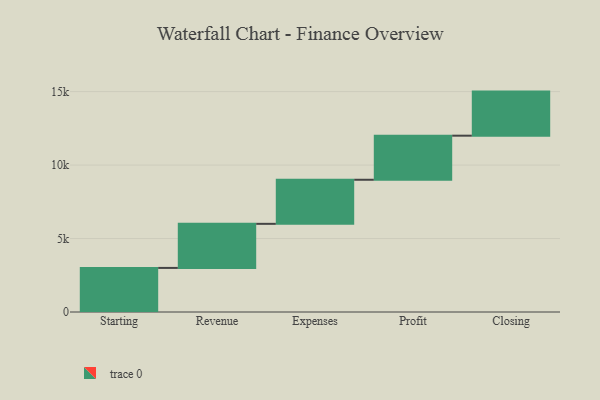
{"axis": {"x": "Step", "y": "Value"}, "legend": [""], "data": [{"x": "Starting", "y": 3000, "type": ""}, {"x": "Revenue", "y": 3000, "type": ""}, {"x": "Expenses", "y": 3000, "type": ""}, {"x": "Profit", "y": 3000, "type": ""}, {"x": "Closing", "y": 3000, "type": ""}]}